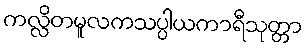
ကလ္လိတမူလကသပ္ပါယကာရီသုတ္တာ